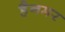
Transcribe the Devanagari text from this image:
हैनमर